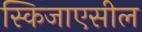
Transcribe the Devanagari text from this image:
स्किजाएसील